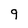
Character: 9